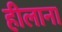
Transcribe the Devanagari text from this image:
हीलाना